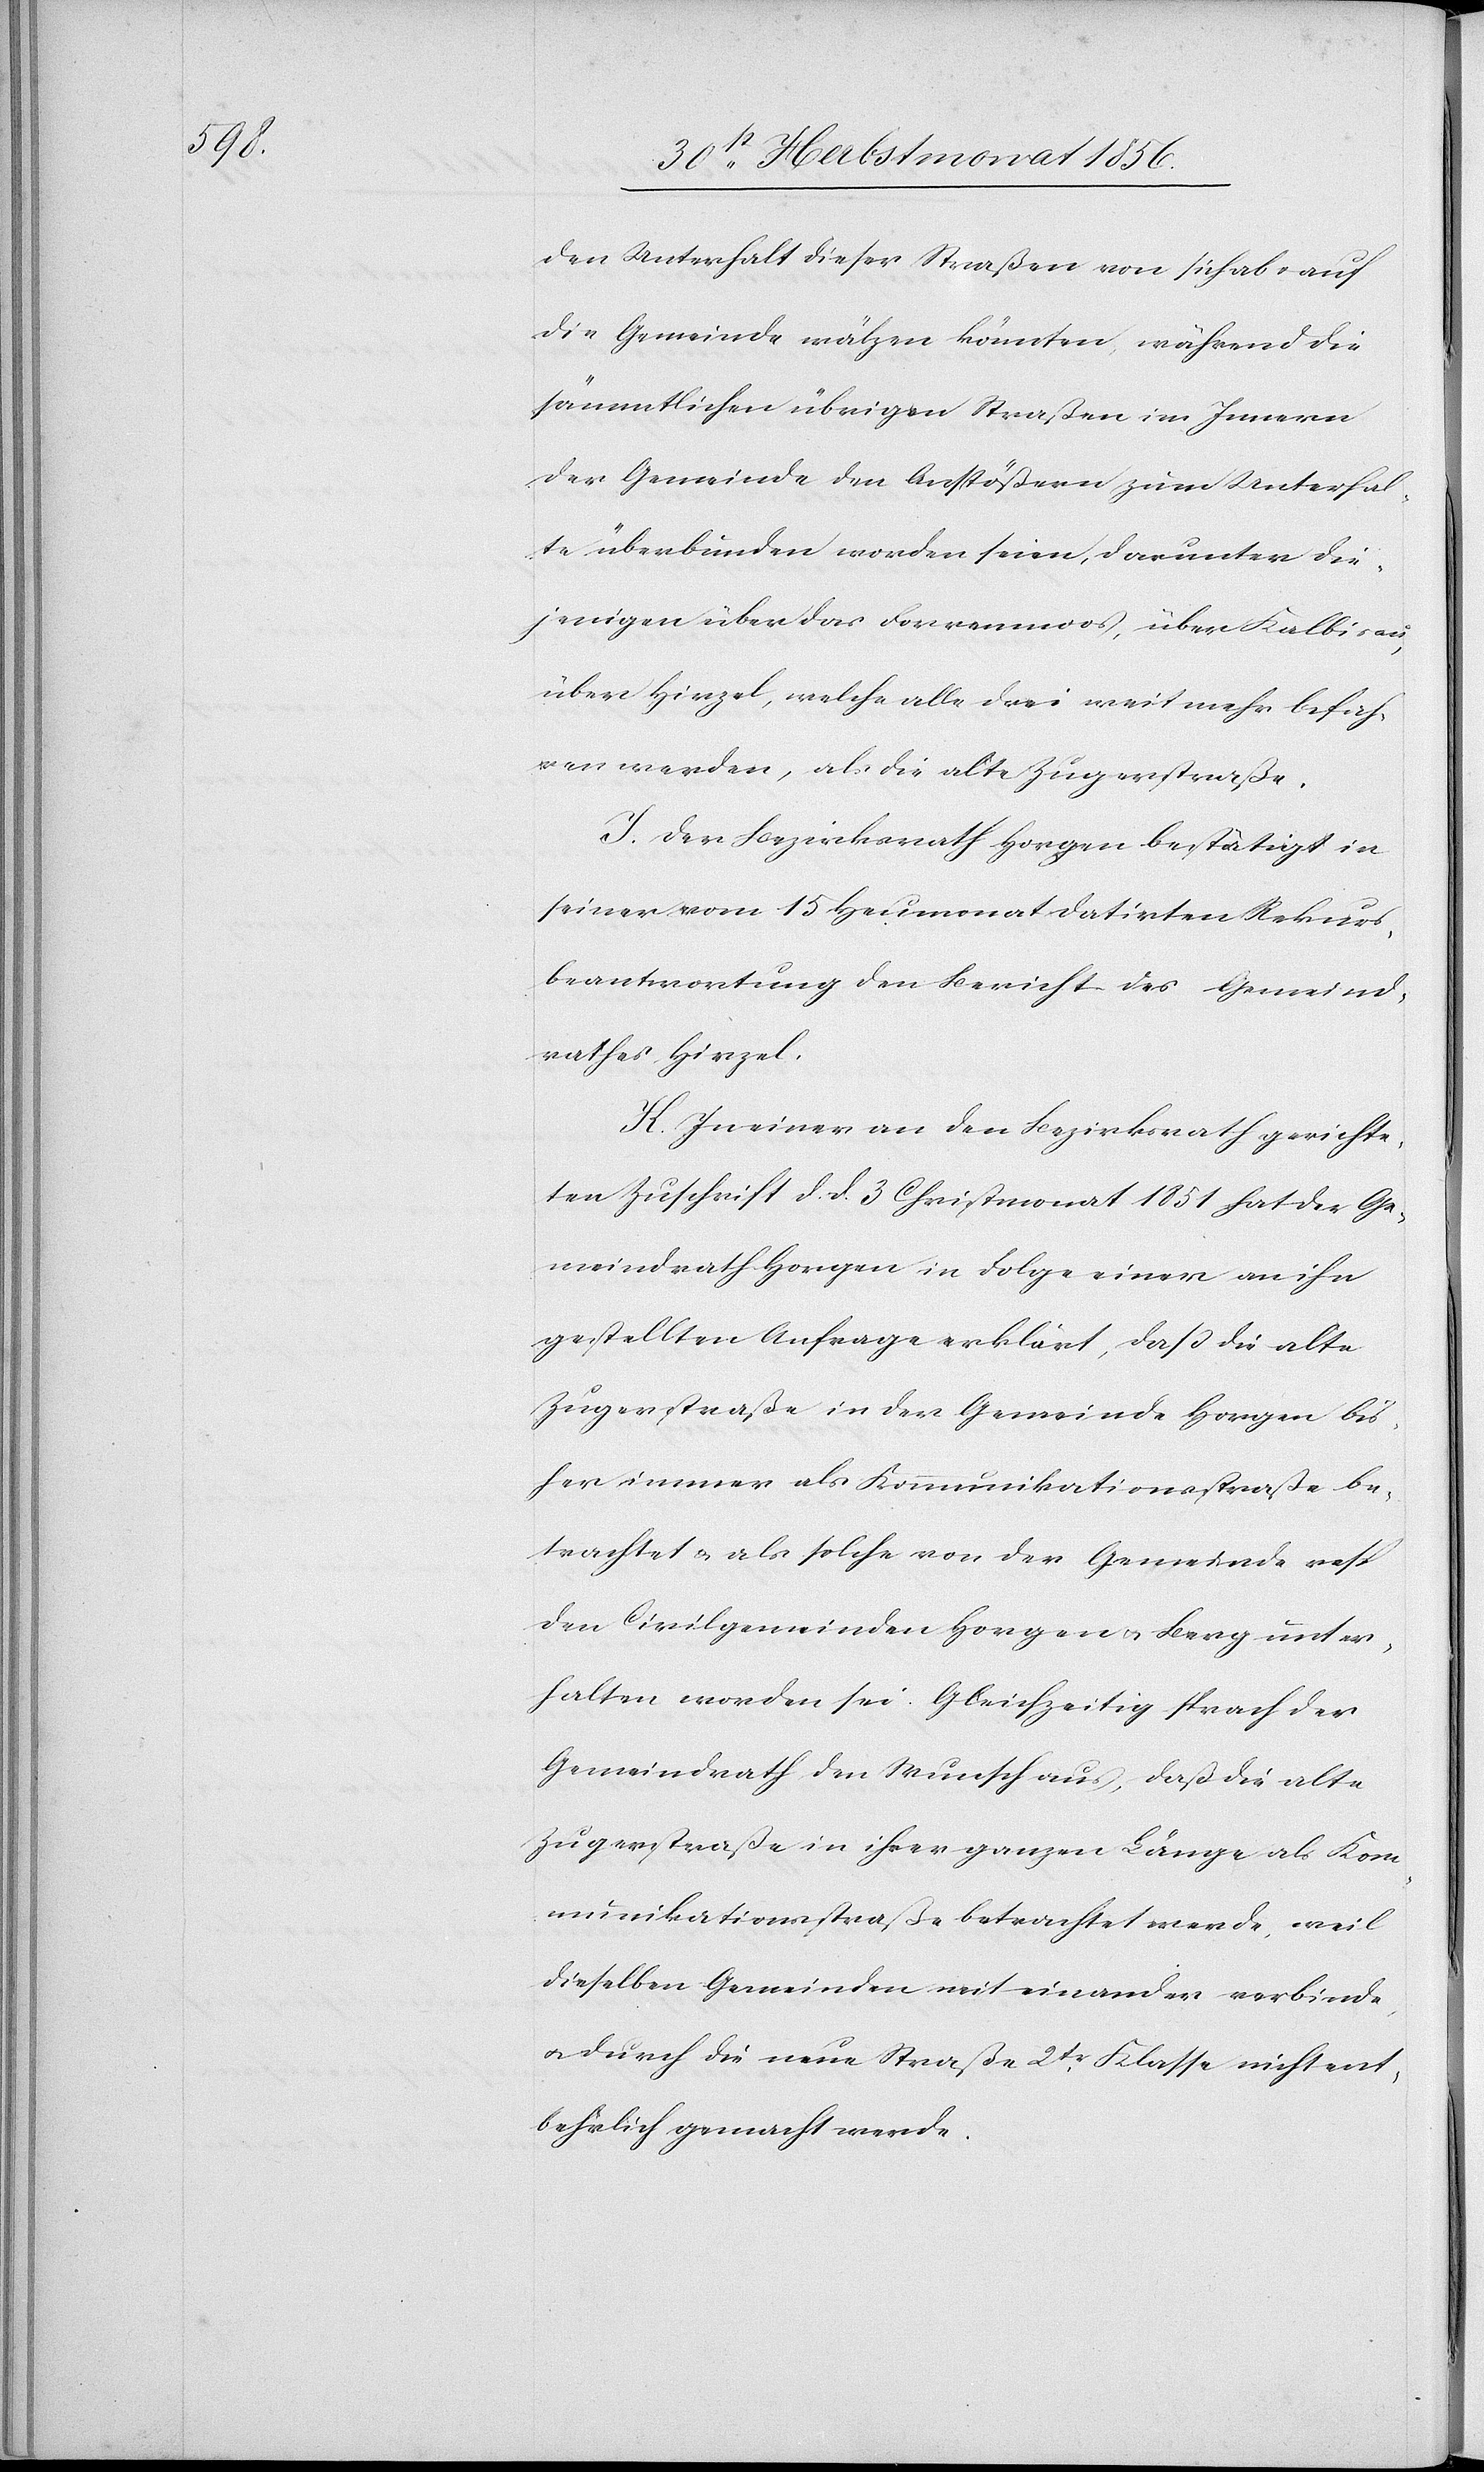
den Unterhalt dieser Straßen von sich ab u. auf
die Gemeinde wälzen könnten während die
sämmtlichen übrigen Straßen im Innern
der Gemeinde den Anstößern zum Unterhal¬
te überbunden worden seien, darunter die¬
jenigen über das Forrenmoos, über Kalbisau,
über Hirzel, welche alle drei weit mehr befah¬
ren werden, als die alte Zugerstraße.
I. Der Bezirksrath Horgen bestätigt in
seiner vom 15 Heumonat datirten Rekurs¬
beantwortung den Bericht des Gemeind¬
rathes Hirzel.
K. In einer an den Bezirksrath gerichte¬
ten Zuschrift d. d. 3 Christmonat 1851 hat der Ge¬
meindrath Horgen in Folge einer an ihr
gestellten Anfrage erklärt, dass die alte
Zugerstraße in der Gemeinde Horgen bis¬
her immer als Kommunikationsstraße be¬
trachtet & als solche von der Gemeinde resp
den Civilgemeinden Horgen u. Berg unter¬
halten worden sei. Gleichzeitig sprach der
Gemeindrath den Wunsch aus, daß die alte
Zugerstraße in ihrer ganzen Länge als Kom¬
munikationsstraße betrachtet werde, weil
dieselben Gemeinden miteinander verbinde,
u. durch die neue Straße 2tr Klasse nicht ent¬
behrlich gemacht werde.